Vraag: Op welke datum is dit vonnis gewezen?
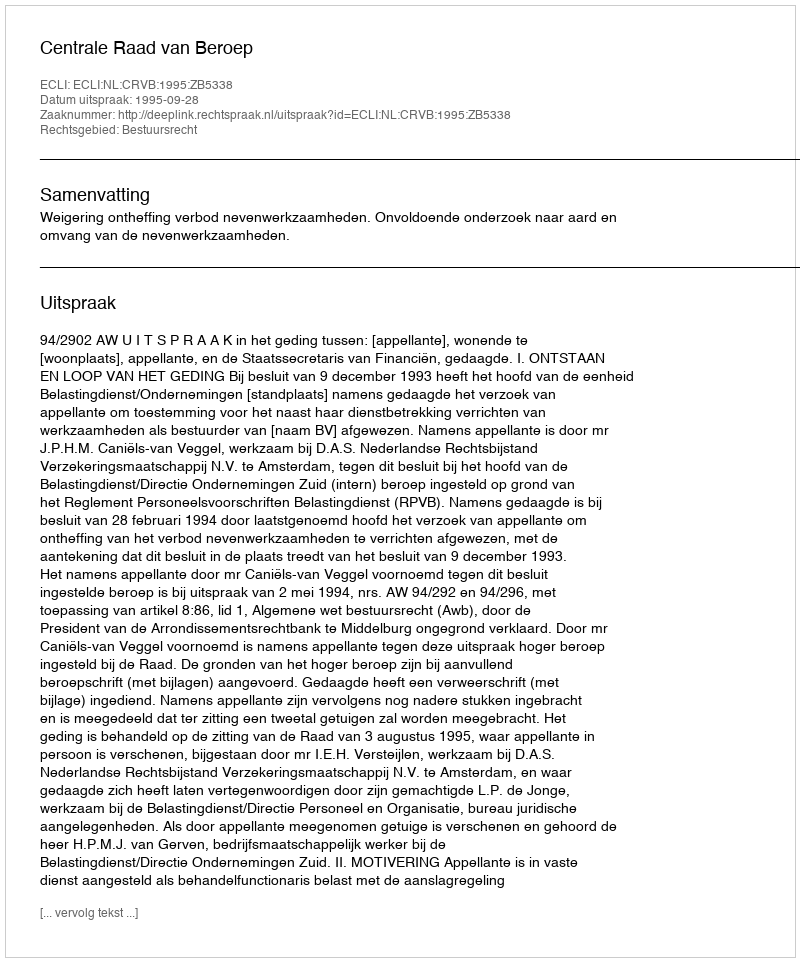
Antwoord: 1995-09-28